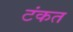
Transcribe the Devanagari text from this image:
टंकत